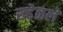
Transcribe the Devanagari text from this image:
ख्हेळले